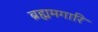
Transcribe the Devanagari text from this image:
ब्रह्ममगारि